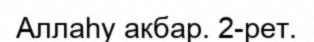
Аллаһу акбар. 2-рет.